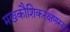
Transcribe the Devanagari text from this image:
मखकौशिकरक्षणस्य